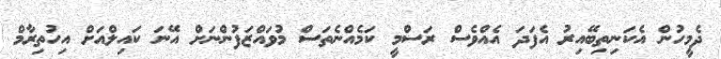
ދެމީހުން އެކަނިތިބޭއިރު އެފަދަ އެއްވެސް ރަސްމީ ކަމެއްނެތަސް މުވައްޒަފުންނަށް އޭނަ ކައިލްއަށް އިހުތިރާމް